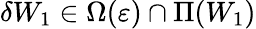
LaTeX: \delta W_{1}\in\Omega(\varepsilon)\cap\Pi(W_{1})